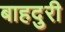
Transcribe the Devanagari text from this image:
बाहदुरी